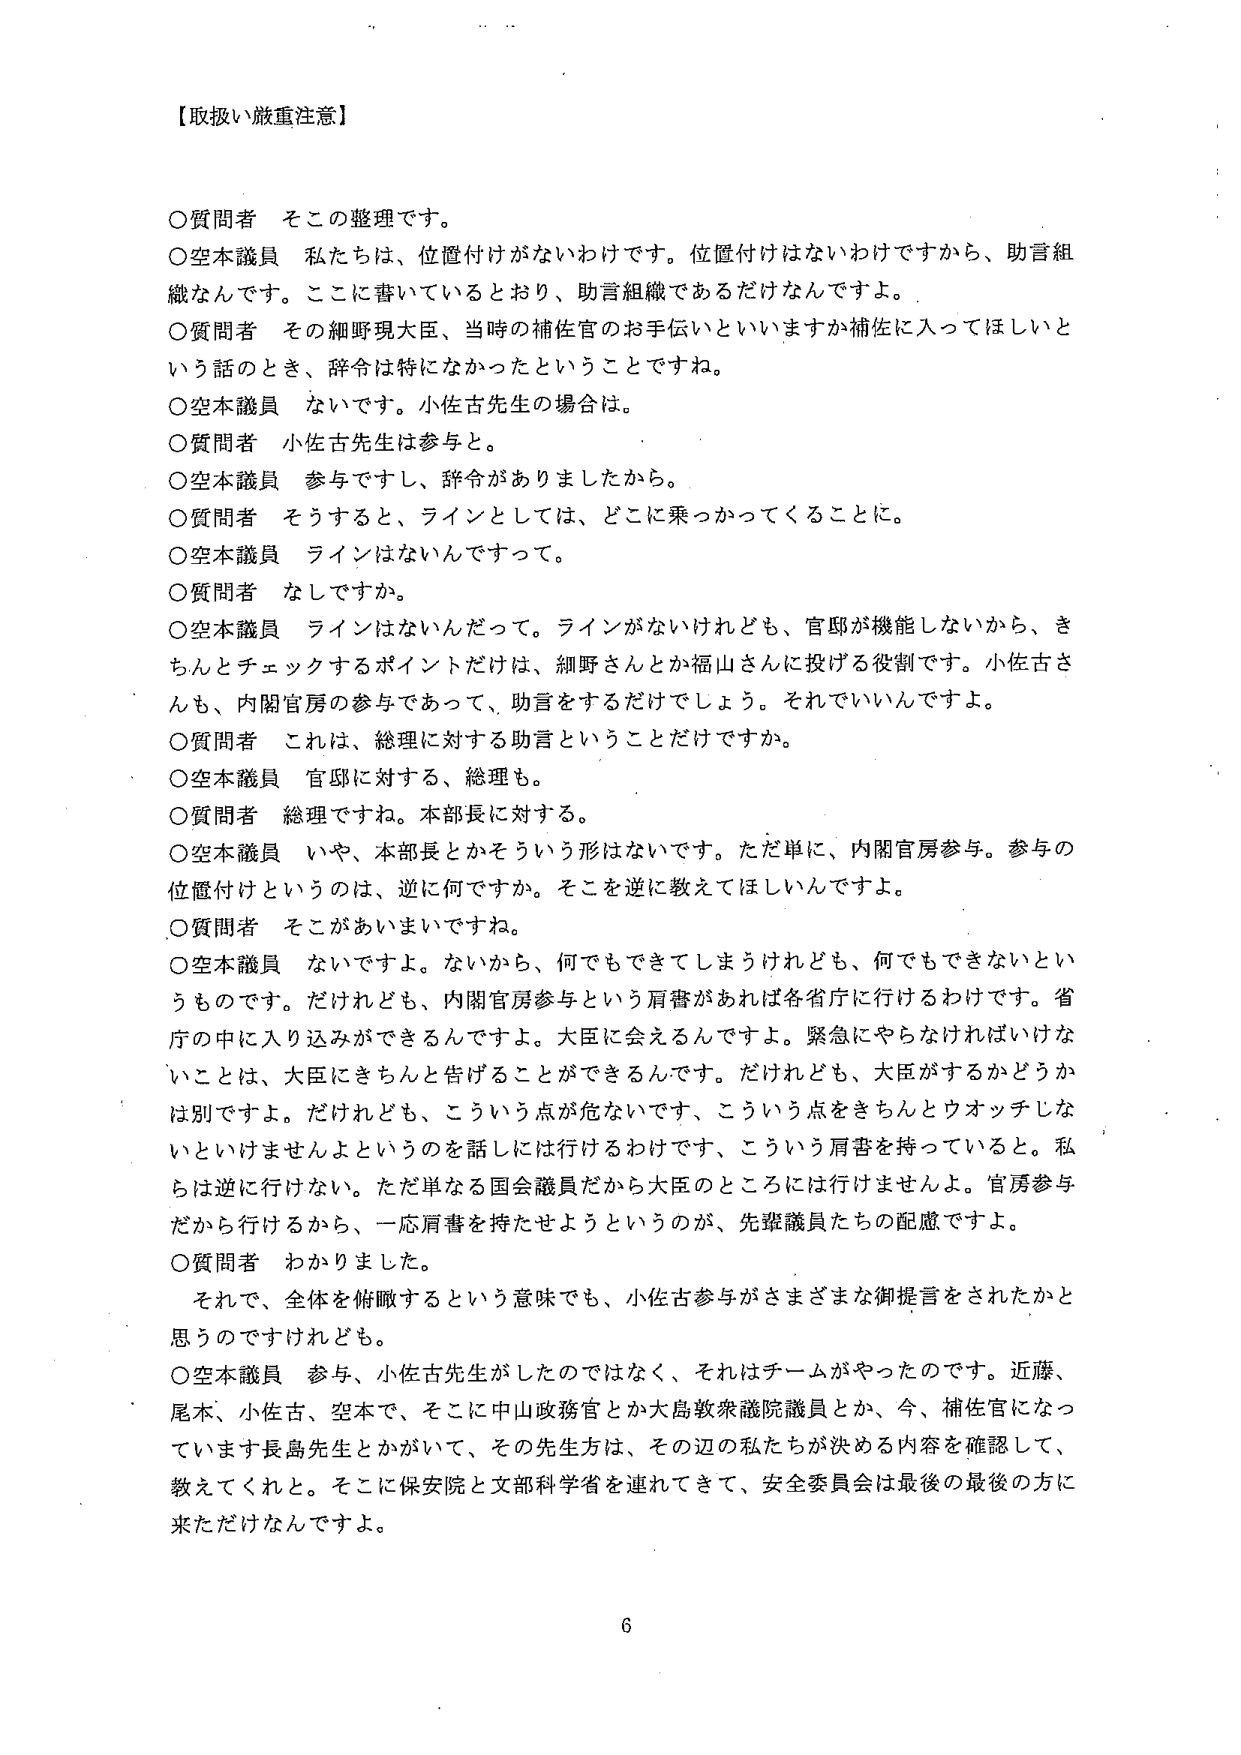
【取扱い厳重注意】

○質問者　その整理です。
○空本議員　私たちは、位置付けがないわけです。位置付けはないわけですから、助言組織なんです。ここに書いているとおり、助言組織であるだけなんですよ。
○質問者　その細野現大臣、当時の補佐官のお手伝いといいますか補佐に入ってほしいという話のとき、辞令は特になかったということですね。
○空本議員　ないです。小佐古先生の場合は。
○質問者　小佐古先生は参与と。
○空本議員　参与ですし、辞令がありましたから。
○質問者　そうすると、ラインとしては、どこに乗っかってくることに。
○空本議員　ラインはないんですって。
○質問者　なしですか。
○空本議員　ラインはないんだって。ラインがないけれども、官邸が機能しないから、きちんとチェックするポイントだけは、細野さんとか福山さんに投げる役割です。小佐古さんも、内閣官房の参与であって、助言をするだけでしょう。それでいいんですよ。
○質問者　これは、総理に対する助言ということだけですか。
○空本議員　官邸に対する、総理も。
○質問者　総理ですね。本部長に対する。
○空本議員　いや、本部長とかそういう形はないです。ただ単に、内閣官房参与。参与の位置付けというのは、逆に何ですか。そこを逆に教えてほしいんですよ。
○質問者　そこがあいまいですね。
○空本議員　ないですよ。ないから、何でもできてしまうけれども、何でもできないというものです。だけれども、内閣官房参与という肩書があれば各省庁に行けるわけです。省庁の中に入り込みができるんですよ。大臣に会えるんですよ。緊急にやらなければいけないことは、大臣にきちんと告げることができるんです。だけれども、大臣がするかどうかは別ですよ。だけれども、こういう点が危ないんです、こういう点をきちんとウォッチしないといけませんよというのを話しには行けるわけです、こういう肩書を持っていると。私らは逆に行けない。ただ単なる国会議員だから大臣のところには行けませんよ。官房参与だから行けるから、一応肩書を持たせようというのが、先輩議員たちの配慮ですよ。
○質問者　わかりました。
　それで、全体を俯瞰するという意味でも、小佐古参与がさまざまな御提言をされたかと思うのですけれども。
○空本議員　参与、小佐古先生がしたのではなく、それはチームがやったのです。近藤、尾木、小佐古、空本で、そこに中山政務官とか大島衆議院議員とか、今、補佐官になっています長島先生とかがいて、その先生方は、その辺の私たちが決める内容を確認して、教えてくれと。そこに保安院と文部科学省を連れてきて、安全委員会は最後の最後の方に来ただけなんですよ。

6